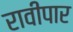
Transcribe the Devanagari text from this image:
रावीपार